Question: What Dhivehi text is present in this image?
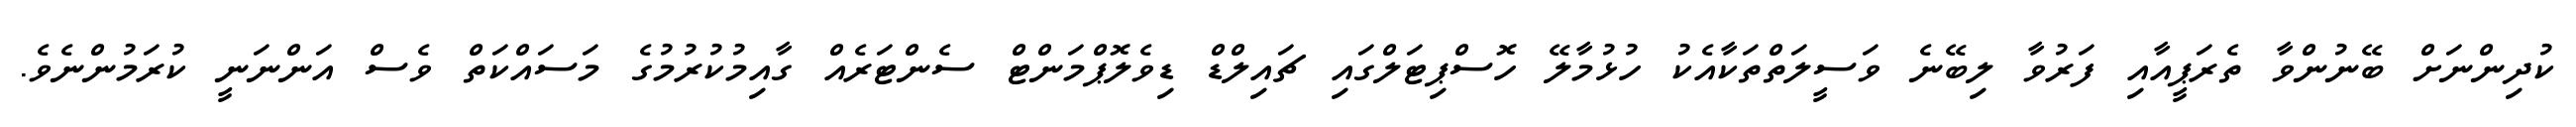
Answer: ކުދިންނަށް ބޭނުންވާ ތެރަޕީއާއި ފަރުވާ ލިބޭނެ ވަސީލަތްތަކާއެކު ހުޅުމާލޭ ހޮސްޕިޓަލްގައި ޗައިލްޑް ޑިވެލޮޕްމަންޓް ސެންޓަރެއް ގާއިމުކުރުމުގެ މަސައްކަތް ވެސް އަންނަނީ ކުރަމުންނެވެ.